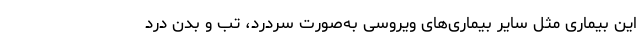
این بیماری مثل سایر بیماری‌های ویروسی به‌صورت سردرد، تب و بدن درد